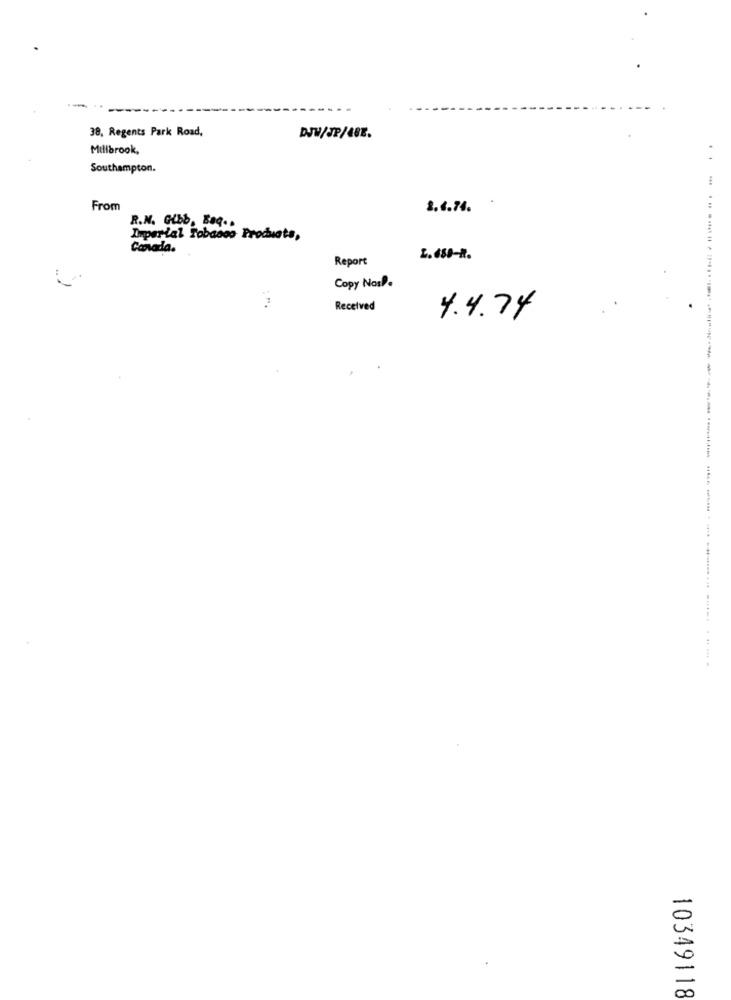
38, Regents Park Road,
DJW/SP/487.
Millbrook,
Southampton.
From
2.6.74.
R.M. Gibb, Baq ..
Imperial Tobacco Products,
Canada.
Report
L. 680-R.
:
Copy NosP.
Received
4.4.74
10349118